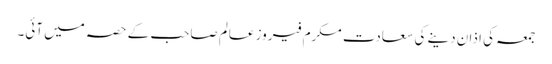
جمعہ کی اذان دینے کی سعادت مکرم فیروز عالم صاحب کے حصہ میں آئی۔